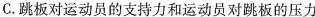
C.跳板对运动员的支持力和运动员对跳板的压力